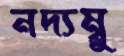
নদ্যম্বু